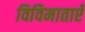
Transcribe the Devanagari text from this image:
विविमाताएँ